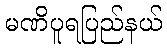
မဏိပူရပြည်နယ်